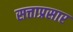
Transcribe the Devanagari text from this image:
सत्ताप्रसार